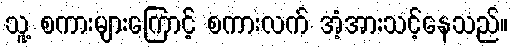
သူ့ စကားများကြောင့် စကားလက် အံ့အားသင့်နေသည်။